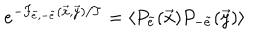
e ^ { - F _ { \tilde { e } , - \tilde { e } } ( \vec { x } , \vec { y } ) / T } = \langle P _ { \tilde { e } } ( \vec { x } ) P _ { - \tilde { e } } ( \vec { y } ) \rangle